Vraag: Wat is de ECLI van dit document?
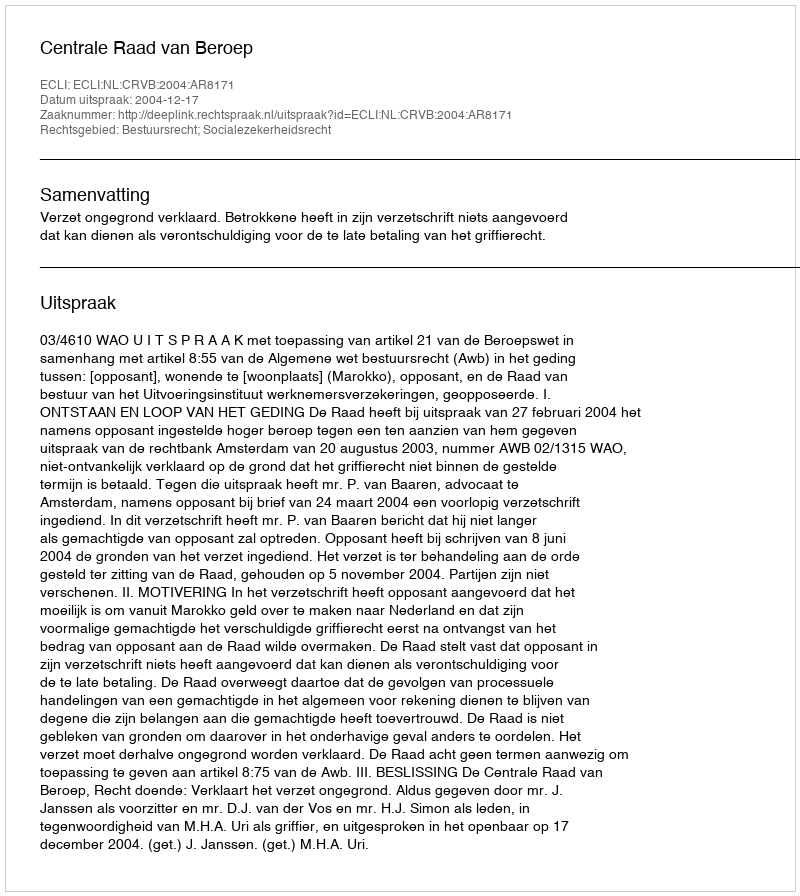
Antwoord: ECLI:NL:CRVB:2004:AR8171